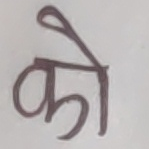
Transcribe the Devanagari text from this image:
को